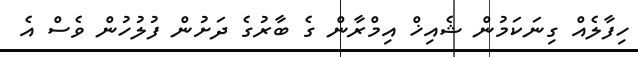
ހިފާލެއް ގިނަކަމުން ޝެއިޚް އިމްރާން ގެ ބާރުގެ ދަށުން ފުލުހުން ވެސް އެ